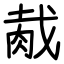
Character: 胾